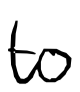
Text: to
Cross-out: clean
Writing tool: digital_black